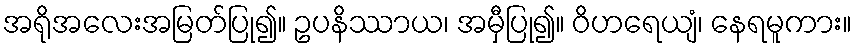
အရိုအလေးအမြတ်ပြု၍။ ဥပနိဿာယ၊ အမှီပြု၍။ ဝိဟရေယျံ၊ နေရမူကား။